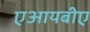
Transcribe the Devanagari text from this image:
एआयबीए